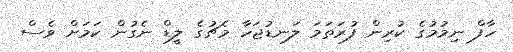
ހާފް ނިމުމުގެ ކުރިން ފުރަތަމަ ލަނޑުޖަހާ މެޗުގެ ލީޑް ނެގުން ކަމަށް ވެސް